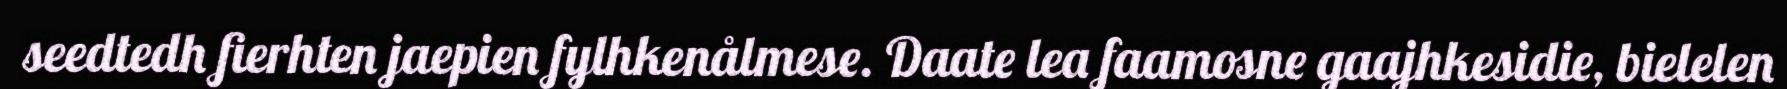
seedtedh fierhten jaepien fylhkenålmese. Daate lea faamosne gaajhkesidie, bielelen